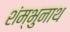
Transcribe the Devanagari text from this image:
शंम्भुनाथ